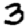
Digit: 3